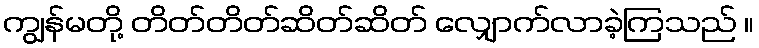
ကျွန်မတို့ တိတ်တိတ်ဆိတ်ဆိတ် လျှောက်လာခဲ့ကြသည် ။